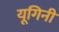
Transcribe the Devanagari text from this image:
यूगिनी